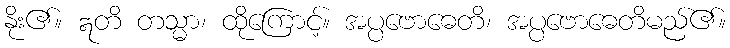
နိုး၏။ ဣတိ တသ္မာ၊ ထိုကြောင့်။ အပ္ပဗောဓေတိ၊ အပ္ပဗောဓေတိမည်၏။